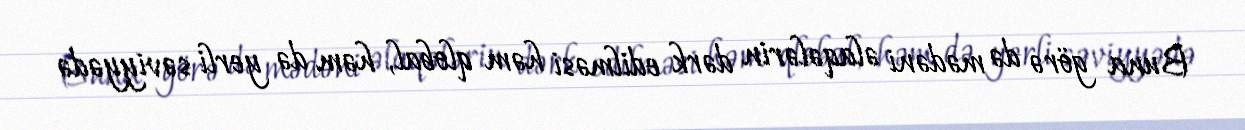
Buna görə də mədəni əlaqələrin dərk edilməsi həm qlobal, həm də yerli səviyyədə